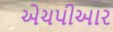
એચપીઆર